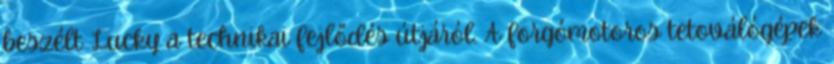
beszélt Lucky a technikai fejlődés útjáról. A forgómotoros tetoválógépek